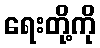
ရေးတို့ကို